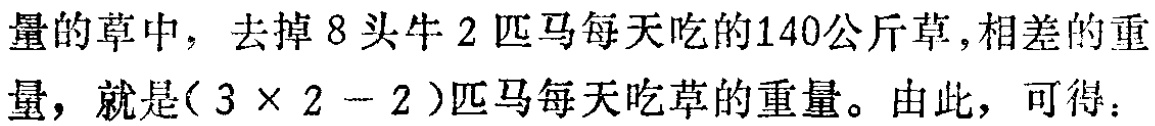
量的草中，去掉 8 头牛 2 匹马每天吃的140公斤草,相差的重量，就是\((3\times 2 - 2)\)匹马每天吃草的重量。由此，可得：